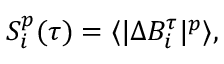
\begin{array} { r } { S _ { i } ^ { p } ( \tau ) = \langle \lvert \Delta B _ { i } ^ { \tau } \rvert ^ { p } \rangle , } \end{array}